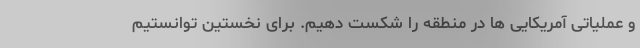
و عملیاتی آمریکایی ها در منطقه را شکست دهیم. برای نخستین توانستیم